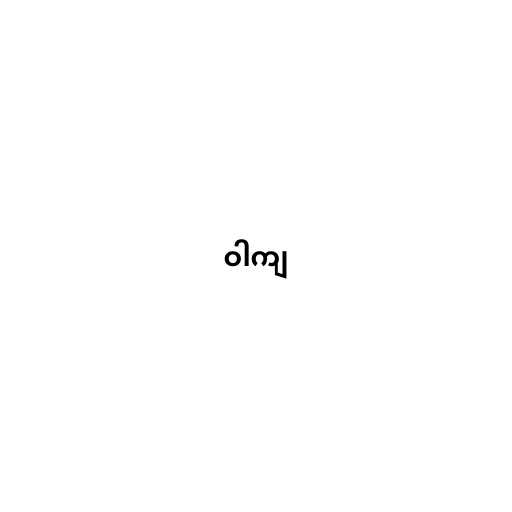
ဝါကျ